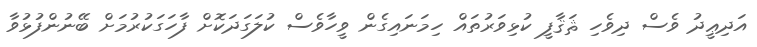
އަދިޢީދު ވެސް ދިވެހި ޘަޤާފީ ކުޅިވަރުތައް ހިމަނައިގެން ވީހާވެސް ކުލަގަދަކޮށް ފާހަގަކުރުމަށް ބޭނުންފުޅުވާ